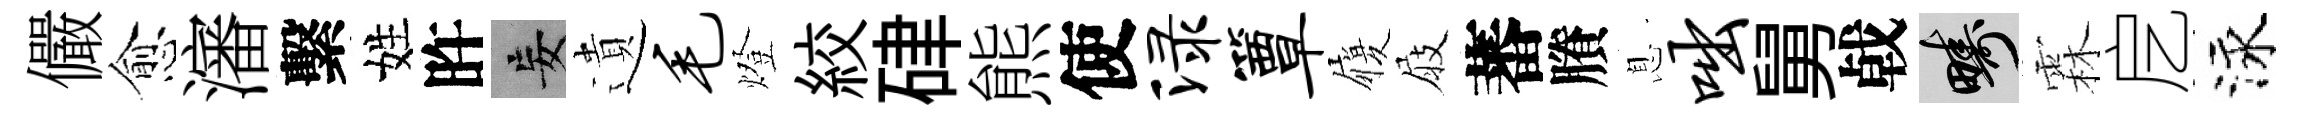
儼愈瀋繫姓旿妄遺毛燈絞硉熊使渌簟履屐蕃賸息咄舅㦸疇霖戹泳